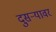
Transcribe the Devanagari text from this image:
दुसर्‍यावर